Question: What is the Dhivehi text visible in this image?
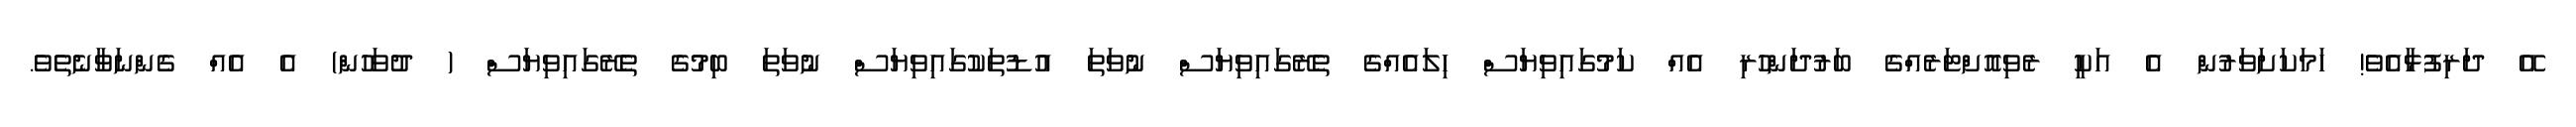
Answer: އޭ ދަރިފުޅާއެވެ! ހަމަކަށަވަރުން އެ އަކީ ރެވިއޮށްޓަރެއްގެ ބަރުދަންހުރި އެއް ކަމުގައިވިޔަސް ހިލައެއްގެ ތެރޭގައިވިޔަސް ނުވަތަ އުޑުތަކުގައިވިޔަސް ނުވަތަ ބިމުގެ ތެރޭގައިވިޔަސް ( ދުވަހުން) އެ އެއް ގެންނަވާނެތެވެ.